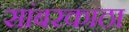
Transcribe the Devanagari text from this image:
सांबरकाठा